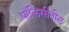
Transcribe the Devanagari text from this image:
पॉलिसीतील